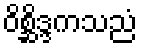
ဝိစ္ဆိဒ္ဒကသညံ